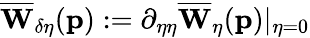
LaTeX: \overline{{\mathbf{W}}}_{\delta\eta}(\mathbf{p}):=\partial_{\eta\eta}\overline{{\mathbf{W}}}_{\eta}(\mathbf{p})\vert_{\eta=0}